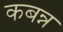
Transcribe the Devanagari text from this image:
कबन्न